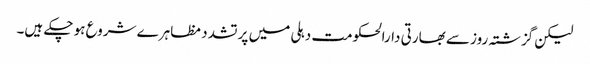
لیکن گزشتہ روز سے بھارتی دارالحکومت دہلی میں پر تشدد مظاہرے شروع ہو چکے ہیں۔